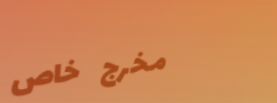
مخرج خاص